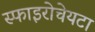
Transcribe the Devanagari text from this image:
स्फाइरोचेयटा